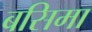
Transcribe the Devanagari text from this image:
बसिमा